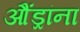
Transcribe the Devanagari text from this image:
औंड्रांना